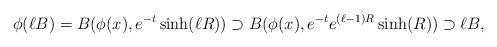
LaTeX: \begin{align*}\phi(\ell B)=B(\phi(x),e^{-t}\sinh(\ell R))\supset B(\phi(x),e^{-t}e^{(\ell-1)R}\sinh(R))\supset\ell B,\end{align*}